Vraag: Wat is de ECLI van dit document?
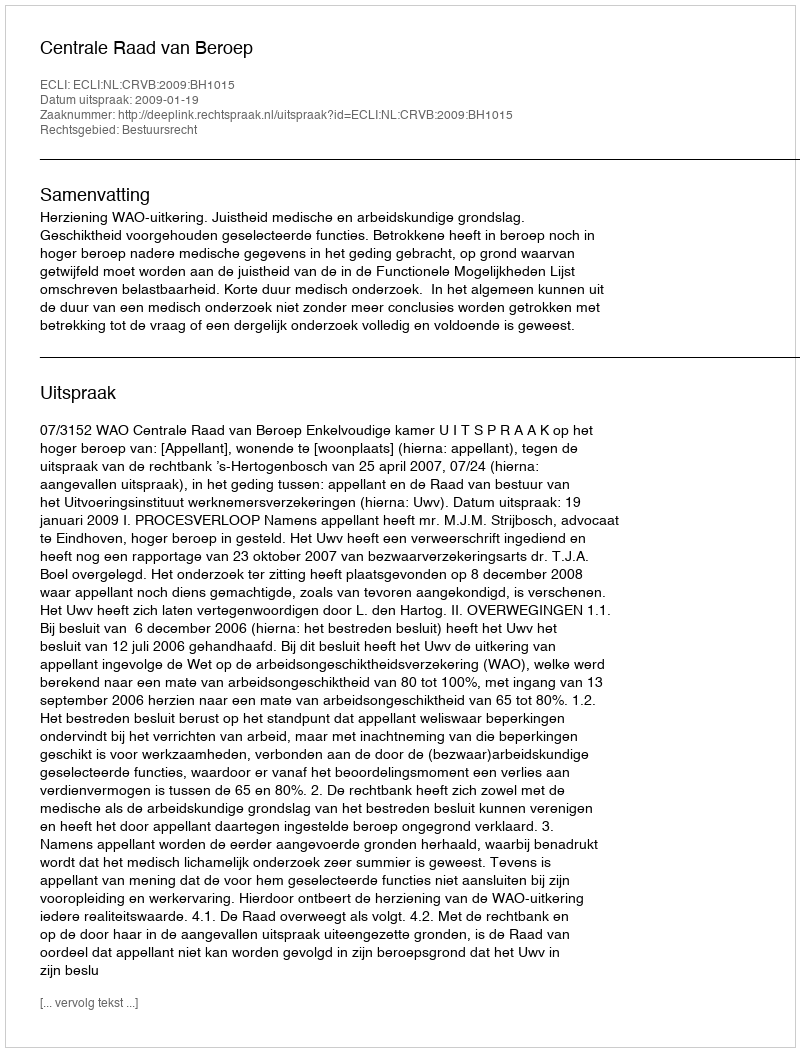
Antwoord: ECLI:NL:CRVB:2009:BH1015